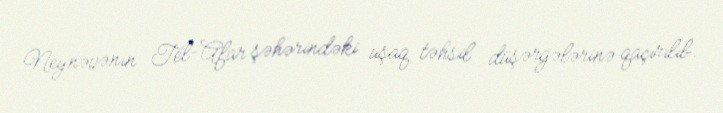
Neynəvənın Tel-Afar şəhərindəki uşaq təhsil düşərgələrinə qaçırılıb.